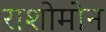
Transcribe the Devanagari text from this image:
राशोमोन